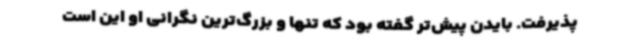
پذیرفت. بایدن پیش‌تر گفته بود که تنها و بزرگ‌ترین نگرانی او این است